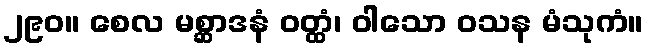
၂၉၀။ စေလ မစ္ဆာဒနံ ဝတ္ထံ၊ ဝါသော ဝသန မံသုကံ။